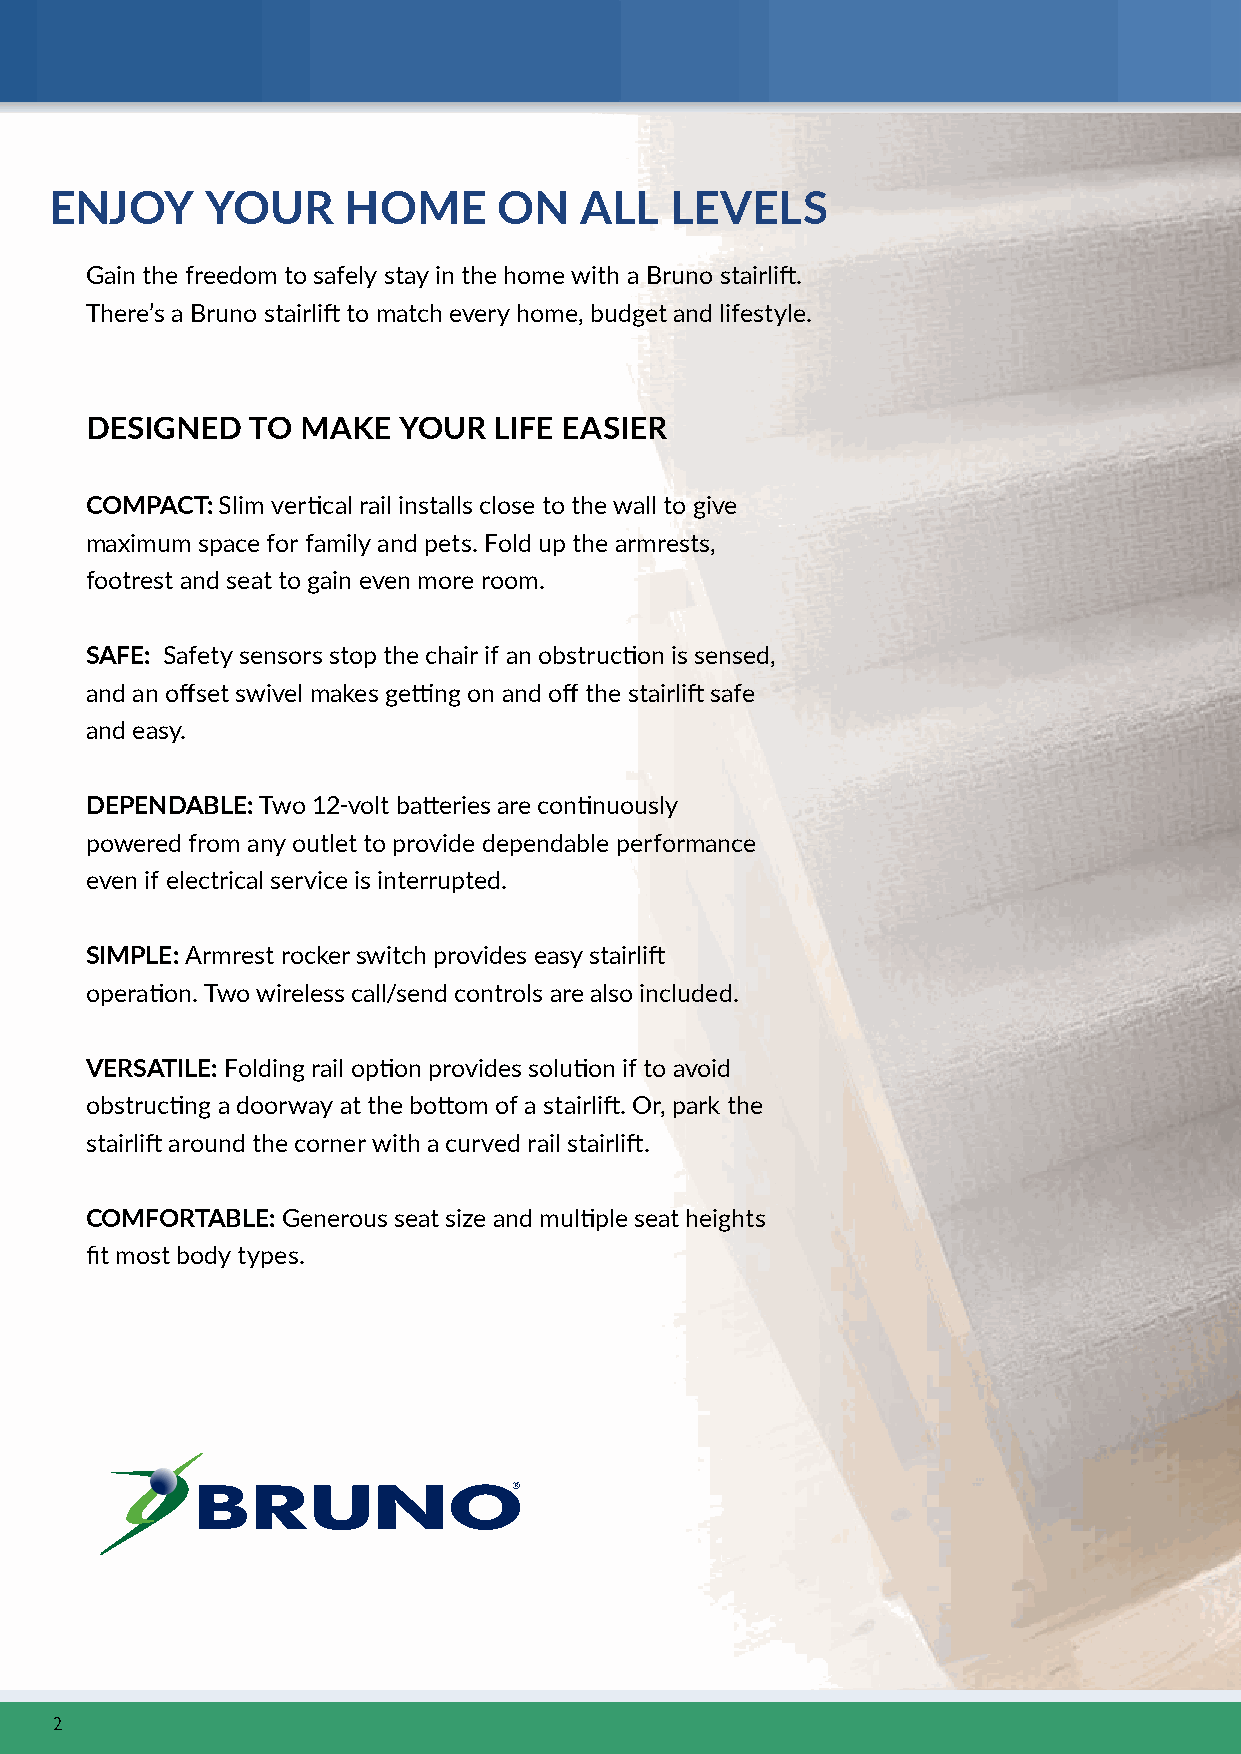
ENJOY      YOUR     HOME      ON   ALL   LEVELS
 Gain the freedom to safely stay in the home with a Bruno stairlift.
 There’s a Bruno stairlift to match every home, budget and lifestyle.
 DESIGNED   TO MAKE  YOUR   LIFE EASIER
 COMPACT: Slim vertical rail installs close to the wall to give
 maximum space for family and pets. Fold up the armrests,
 footrest and seat to gain even more room.
 SAFE: Safety sensors stop the chair if an obstruction is sensed,
 and an offset swivel makes getting on and off the stairlift safe
 and easy.
 DEPENDABLE: Two 12-volt batteries are continuously
 powered from any outlet to provide dependable performance
 even if electrical service is interrupted.
 SIMPLE: Armrest rocker switch provides easy stairlift
 operation. Two wireless call/send controls are also included.
 VERSATILE: Folding rail option provides solution if to avoid
 obstructing a doorway at the bottom of a stairlift. Or, park the
 stairlift around the corner with a curved rail stairlift.
 COMFORTABLE: Generous seat size and multiple seat heights
 fit most body types.
 2